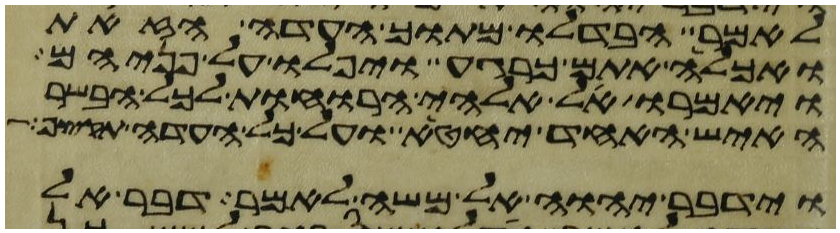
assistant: לאמר הבדלו מתוך העדה הזאת
ואכלה אתם כרגע ויפלו על פניהם
ויאמרו אל אלהי הרוחות לכל הבשר
האיש האחד יחטא ועל כל העדה תקצף
וידבר יהוה אל משה לאמר דבר אל